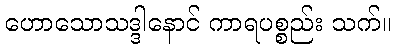
ဟောသောသဒ္ဒါနောင် ကာရပစ္စည်း သက်။